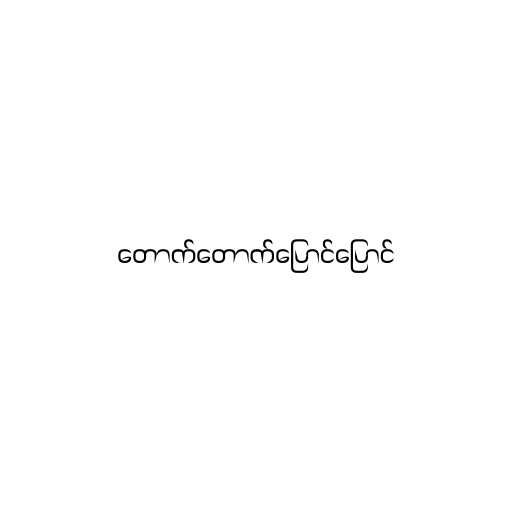
တောက်တောက်ပြောင်ပြောင်